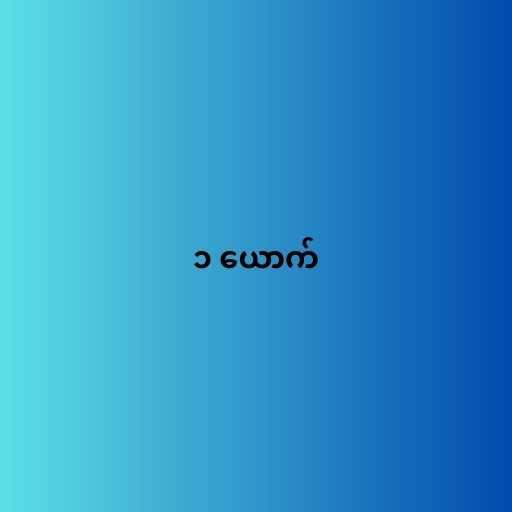
၁ ယောက်